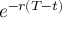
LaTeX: e ^ { - r ( T - t ) }